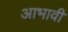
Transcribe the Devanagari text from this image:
आभावी